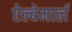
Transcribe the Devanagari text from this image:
ऐल्बेमार्ल